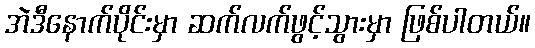
အဲဒီနောက်ပိုင်းမှာ ဆက်လက်ဖွင့်သွားမှာ ဖြစ်ပါတယ်။